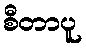
စီတာပူ